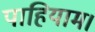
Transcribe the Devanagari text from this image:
पाहियाम।